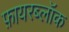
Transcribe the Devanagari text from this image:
फ़ायरब्लॉक